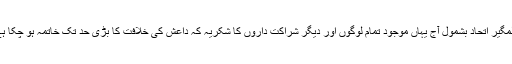
عالمگیر اتحاد بشمول آج یہاں موجود تمام لوگوں اور دیگر شراکت داروں کا شکریہ کہ داعش کی خلافت کا بڑی حد تک خاتمہ ہو چکا ہے۔